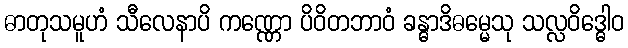
ဓာတုသမူဟံ သီလေနာပိ ကဏ္ဏော ပိဝိတဘာဝံ ခန္ဓာဒိဓမ္မေသု သလ္လဝိဒ္ဓေါဝ